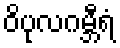
ဝိပုလဂမ္ဘီရံ